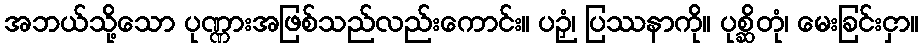
အဘယ်သို့သော ပုဏ္ဏားအဖြစ်သည်လည်းကောင်း။ ပဉှံ၊ ပြဿနာကို။ ပုစ္ဆိတုံ၊ မေးခြင်းငှာ။